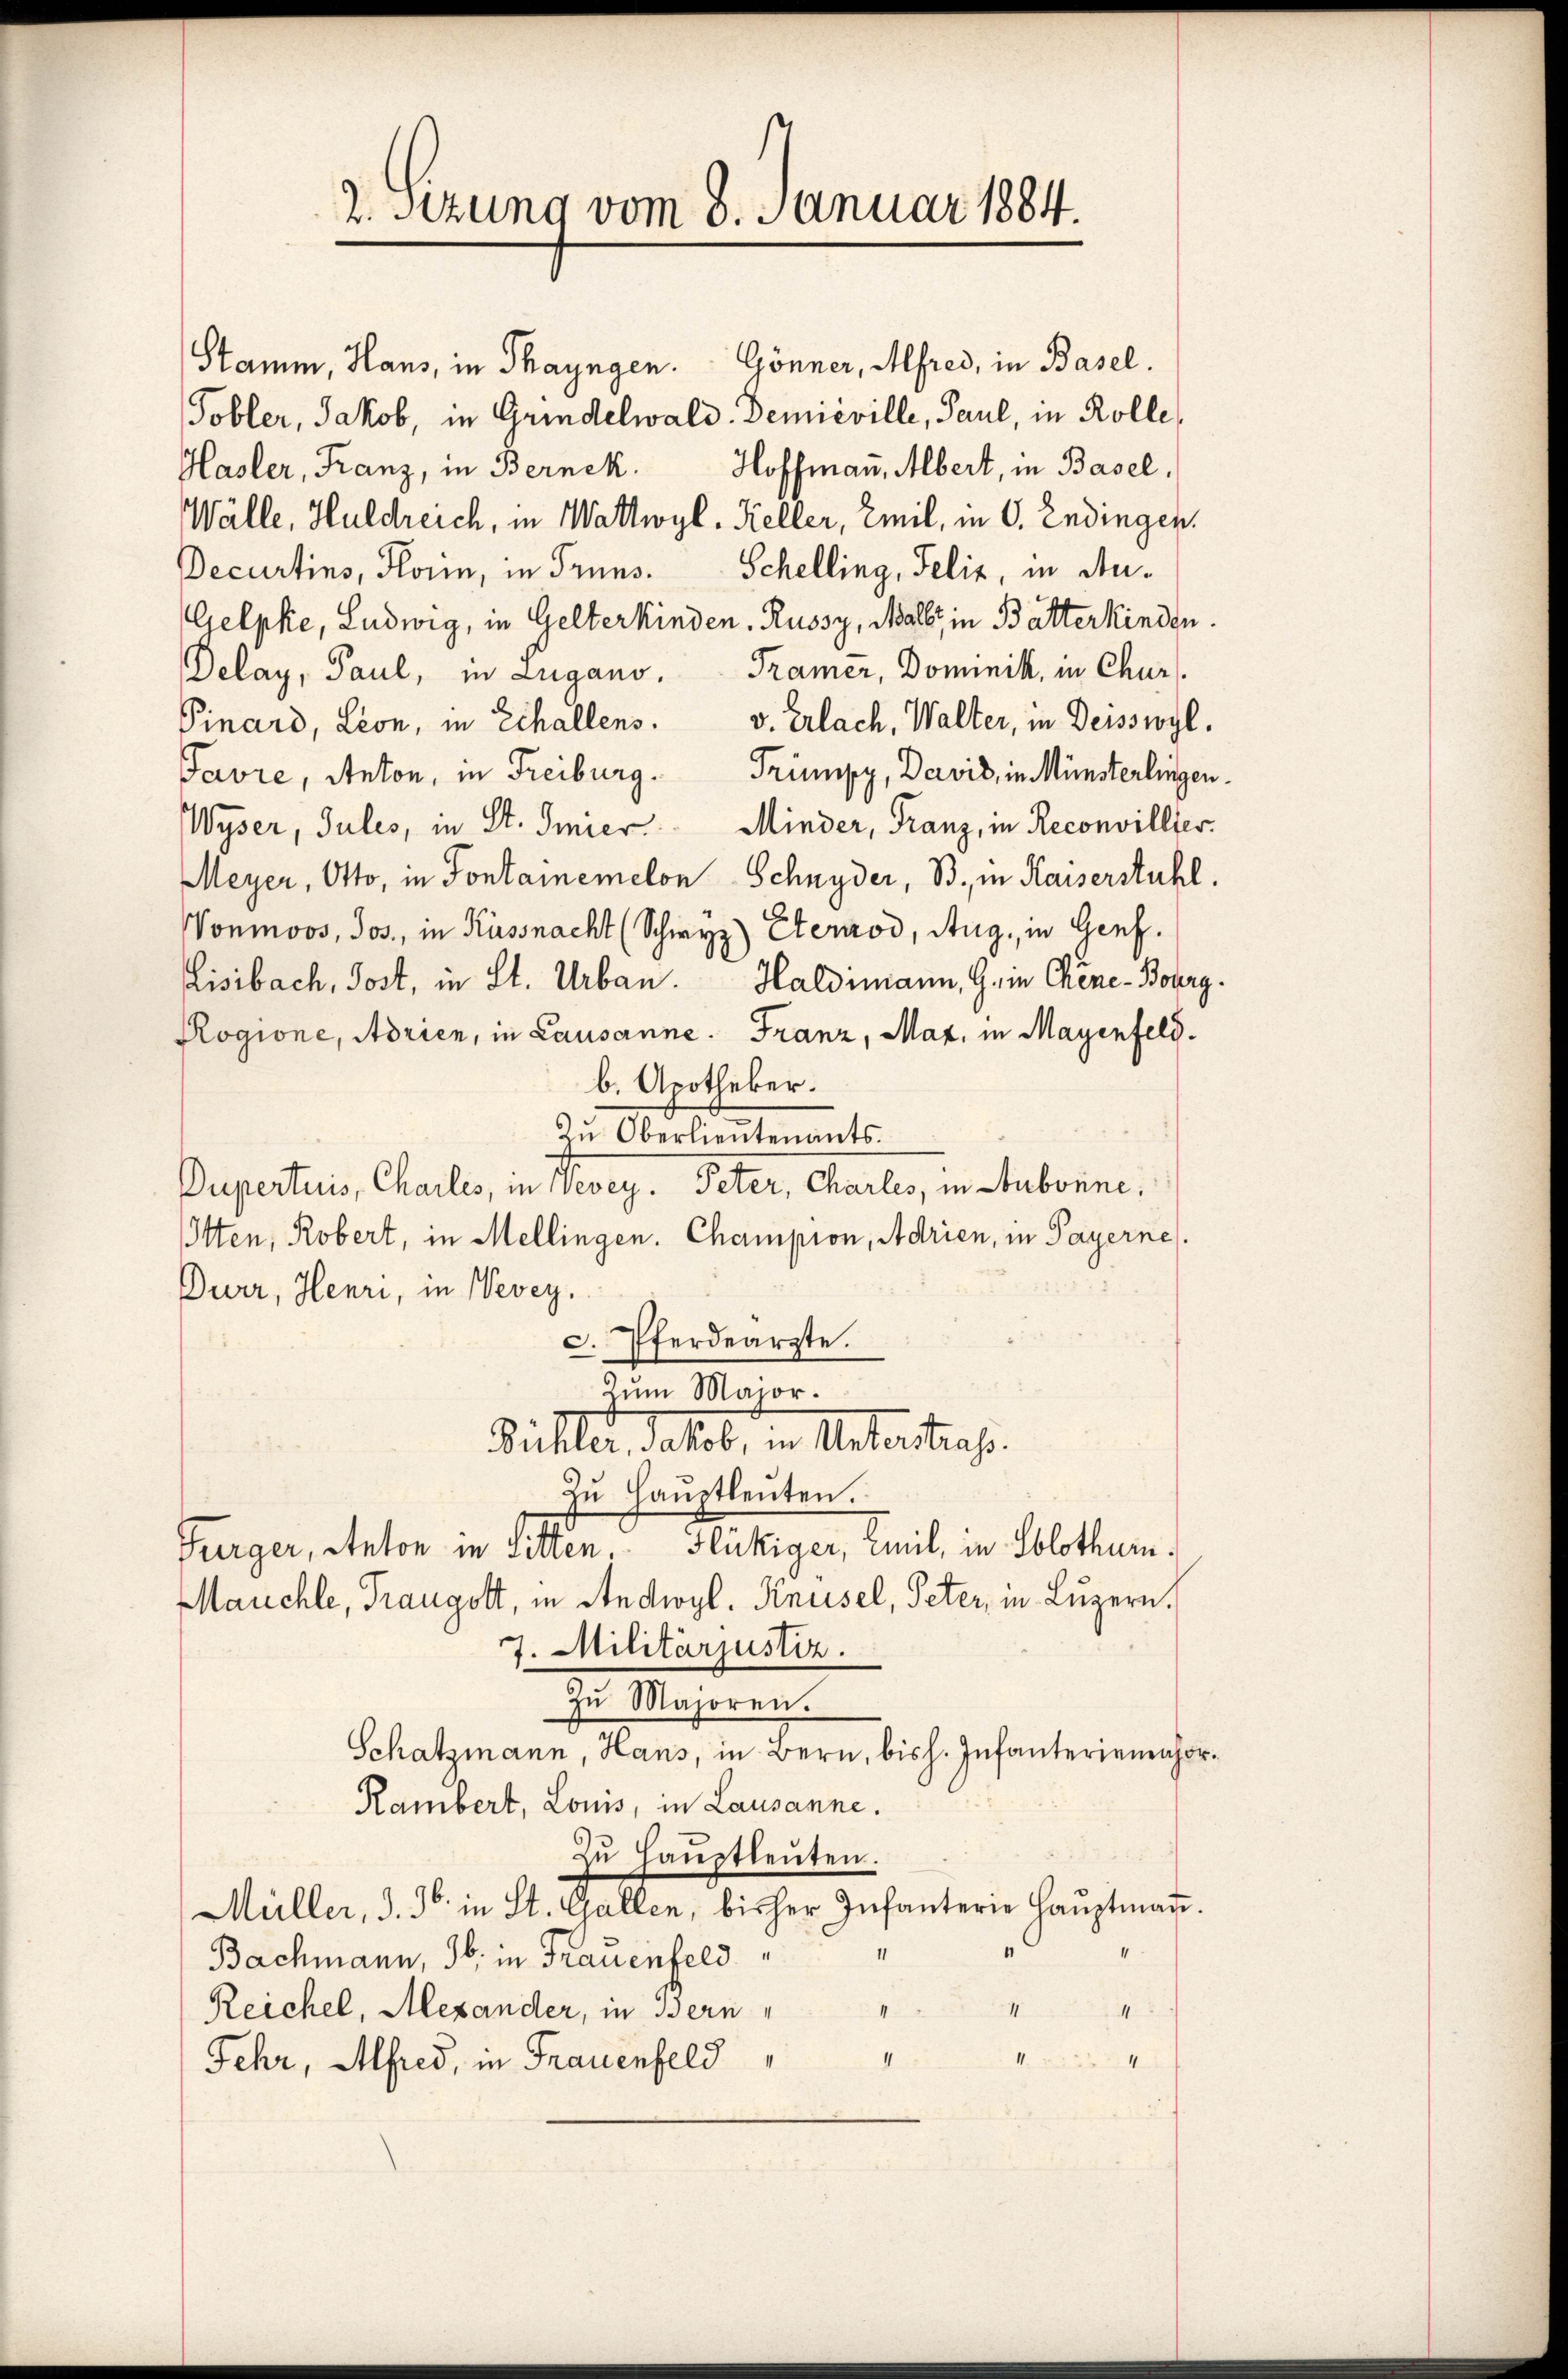
2. Sitzung vom 8. Januar 1884.

Stamm, Haus, in Thayngen. Gönner, Alfred, in Basel.
Tobler, Jakob, in Grindelwald. Demieville, Paul, in Rolle,
Hasler, Franz, in Bernek. Hoffmann, Albert, in Basel,
Wälle, Huldreich, in Wattwyl, Keller, Emil, in C. Endingen.
Schelling, Felix, in An¬
Decurtins, Horin, in Trüns¬
Gelpke, Ludwig, in Gelterkinden Russy, Wall, in Batterkinden.
Delay, Paul, in Zugano. Tramer, Dominik, in Chur
Pinard, Leon, in Echallens. v. Erlach, Walter, in Deisswyl,
Favre, Anton, in Freiburg. Trümpy, Davis, in Münsterlingen¬
Wyser, Jules, in St. Gmier Minder, Franz, in Reconvillier
Meyer, Otto, in Sontaiemelon Schnyder, B. in Kaiserstuhl.
Vonmoos, Jos., in Küssnacht (Schwyz) Eternrod, Aug, in Genf.
Lisibach, Jost, in St. Urban. Haldimann, G. in Chene Bourg.
Rogione, Adrien, in Lausanne. Franz, Maz, in Mayenfeld.
b. Apotheker.
Zŭ Oberlieŭtenants.
Dupertuis, Chailes, in Vevey. Peter, Charte, in Aubonne,
Otten, Robert, in Mellingen. Champion, Adrien, in Payerne
Durr, Heuri, in Nevez.
c. Pferdearzte.
Zum Major.
Bichler, Jakob, in Unterstraf
Zŭ Haŭptleuten.
Furger, Anton in Sitten. Flückiger, Emil, in Solothur¬
Mauchte, Traugott, in Andwyl, Knüsel, Peter, in Luzern,
7. Militärjustiz.
Zŭ Majoren.
Schatzmann, Hans, in Bern, bis h. Infanterienenhor¬
Rambert, Louis, in Lausanne.
Zŭ Haŭptleuten.
Müller, d. Js. in St. Gallen, bisher Infanterie Hauptmann.
I
Bachmann, Jb. in Frauenfeld
4
Reichel, Alexander, in Bern,
4
I
4
4
Fehr, Alfred, in Frauenfeld